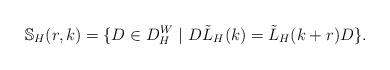
LaTeX: \begin{align*}\mathbb{S}_H(r ,k) = \lbrace D \in D_{H}^W\ |\ D \tilde L_H(k) = \tilde L_H(k+r) D \rbrace.\end{align*}